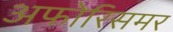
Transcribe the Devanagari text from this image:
अफोरिसमर